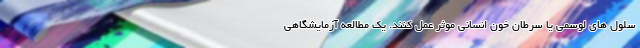
سلول های لوسمی یا سرطان خون انسانی موثر عمل کنند. یک مطالعه آزمایشگاهی